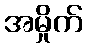
အမှိုက်